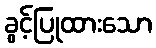
ခွင့်ပြုထားသော